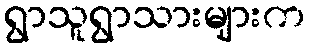
ရွာသူရွာသားများက